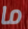
ما